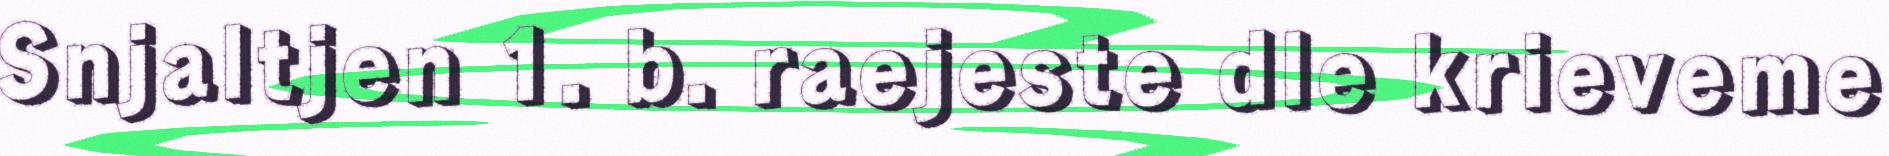
Snjaltjen 1. b. raejeste dle krieveme